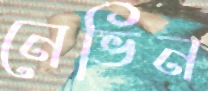
নেভিন